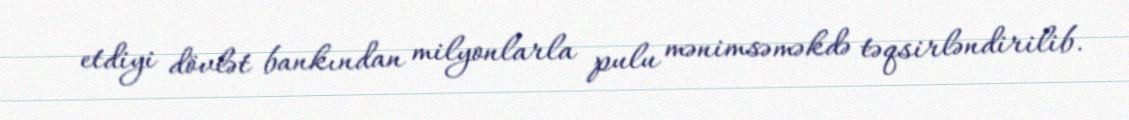
etdiyi dövlət bankından milyonlarla pulu mənimsəməkdə təqsirləndirilib.